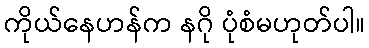
ကိုယ်နေဟန်က နဂို ပုံစံမဟုတ်ပါ။